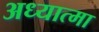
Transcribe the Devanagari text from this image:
अध्यात्मा